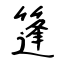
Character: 篷